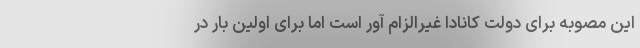
این مصوبه برای دولت کانادا غیرالزام آور است اما برای اولین بار در